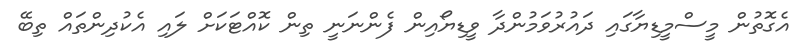
އެގޮތުން މީސްމީޑިޔާގައި ދައުރުވަމުންދާ ވީޑިޔޯއިން ފެންނަނީ ތިން ކޮއްޓަކަށް ލައި އެކުދިންތައް ތިބޭ